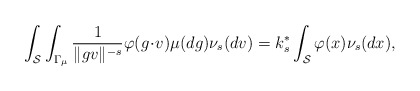
\begin{align*} \int_{\mathcal{S}}\int_{\Gamma_{\mu}} \frac{1}{\|gv\|^{-s}} \varphi(g\!\cdot\! v) \mu(dg) \nu_{s}(dv)= k_{s}^* \int_{\mathcal{S}} \varphi(x) \nu_{s}(dx),\end{align*}